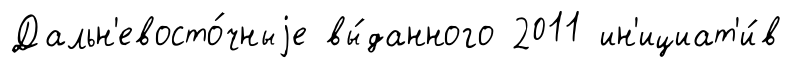
Дальн'евосто́чныjе вы́данного 2011 ин'ициат'и́в